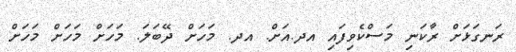
ރަނގަޅަށް ރާކަނި މަސްކެވިފައި އދ.އަށް. އދ. މަހަށް ދޭބަލަ. މަހަށް މަހަށް މަހަށް